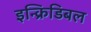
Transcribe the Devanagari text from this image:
इन्क्रिडिबल